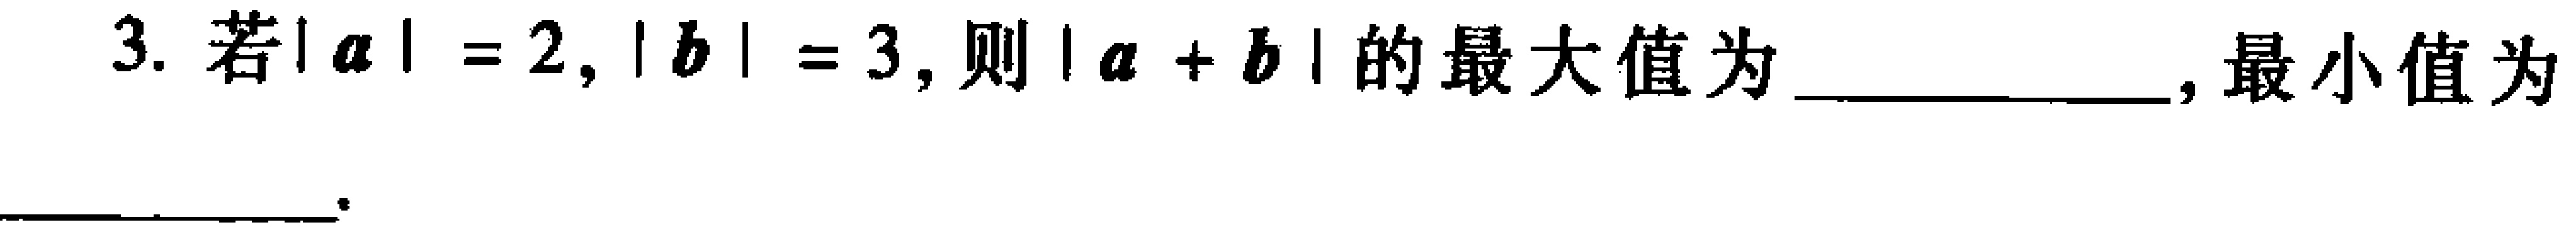
3. 若\(\vert a\vert = 2,\vert b\vert = 3\)，则\(\vert a + b\vert\)的最大值为  ，最小值为  。